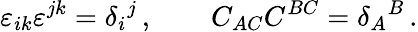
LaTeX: \varepsilon_{ik}\varepsilon^{jk}=\delta_{i}{}^{j}\, ,\qquad C_{AC}C^{BC}=\delta_{A}{}^{B}\, .